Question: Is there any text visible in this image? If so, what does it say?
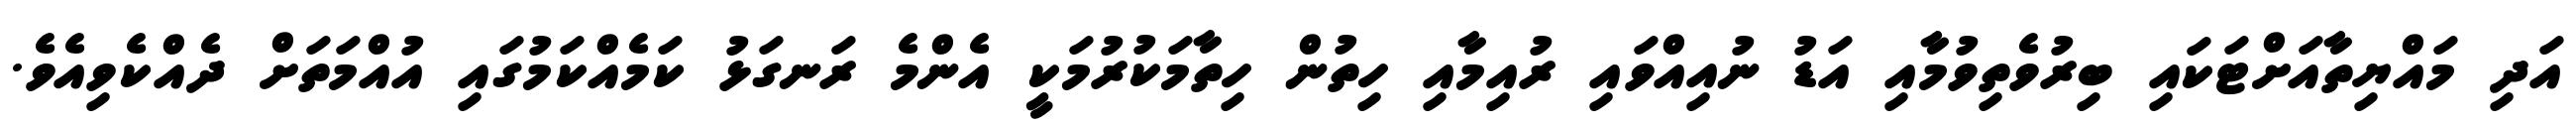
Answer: އަދި މައްޔިތާއަށްޓަކައި ބިރުވެތިވުމާއި އަޑު ނުއިއްވައި ރުއިމާއި ހިތުން ހިތާމަކުރުމަކީ އެންމެ ރަނގަޅު ކަމެއްކަމުގައި އުއްމަތަށް ދެއްކެވިއެވެ.